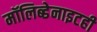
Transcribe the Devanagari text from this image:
मॉलिब्डेनाइटही